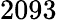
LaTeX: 2093